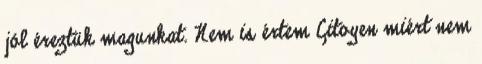
jól éreztük magunkat. Nem is értem Citoyen miért nem